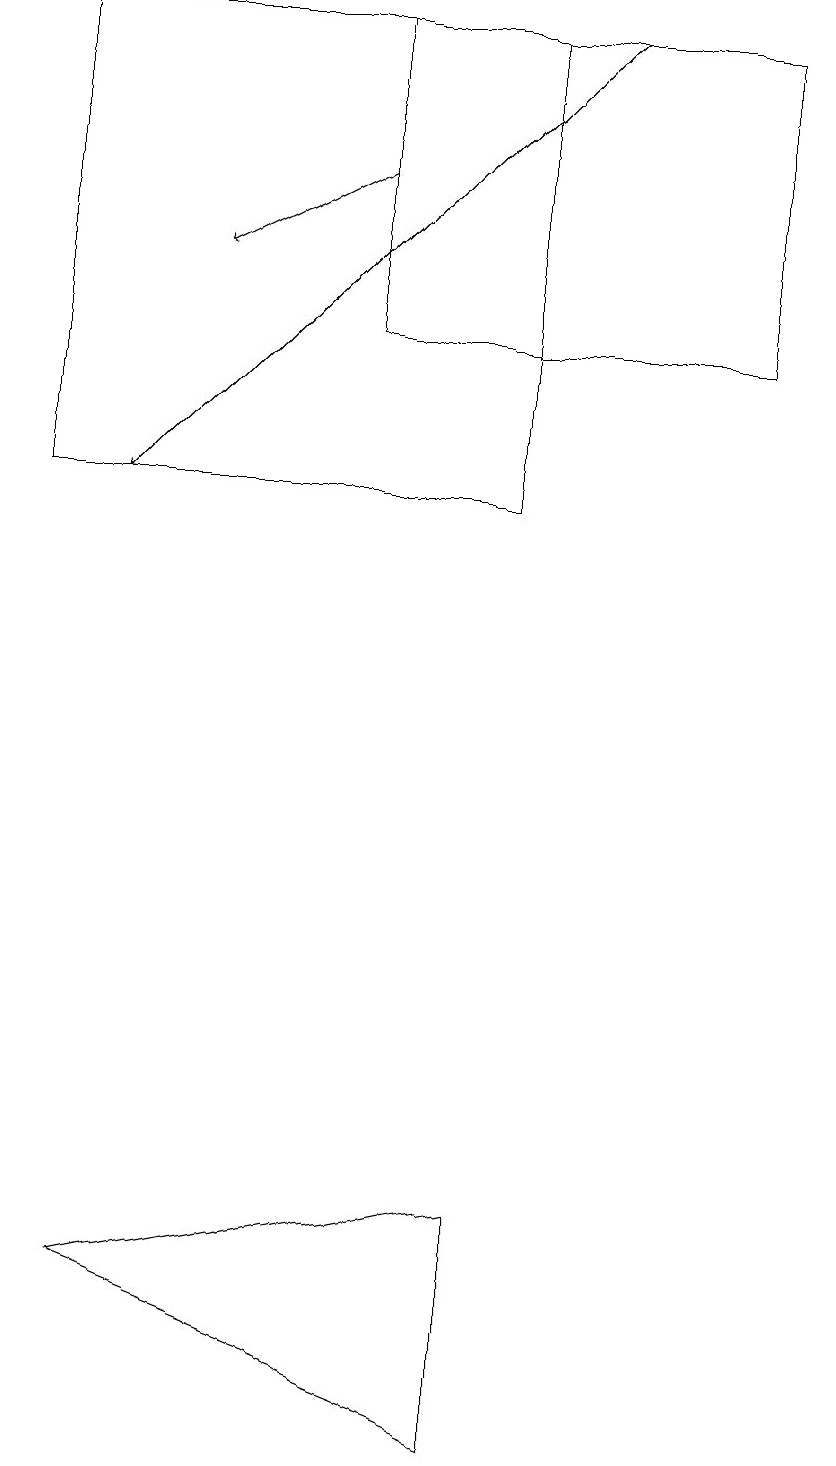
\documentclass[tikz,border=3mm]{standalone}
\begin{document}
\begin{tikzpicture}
\draw[->] (7,18) -- (1,12);
\draw (6,18) rectangle (0,12);
\draw[->] (4,16) -- (2,15);
\draw (4,18) rectangle (9,14);
\draw (6,3) -- (1,2) -- (6,0) -- cycle;
\draw (10,10) circle (0);
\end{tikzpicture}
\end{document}